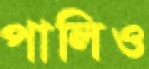
পালিও